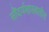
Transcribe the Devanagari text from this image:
सौंदर्यशास्त्रातील